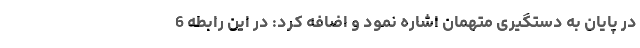
در پایان به دستگیری متهمان اشاره نمود و اضافه کرد: در این رابطه 6